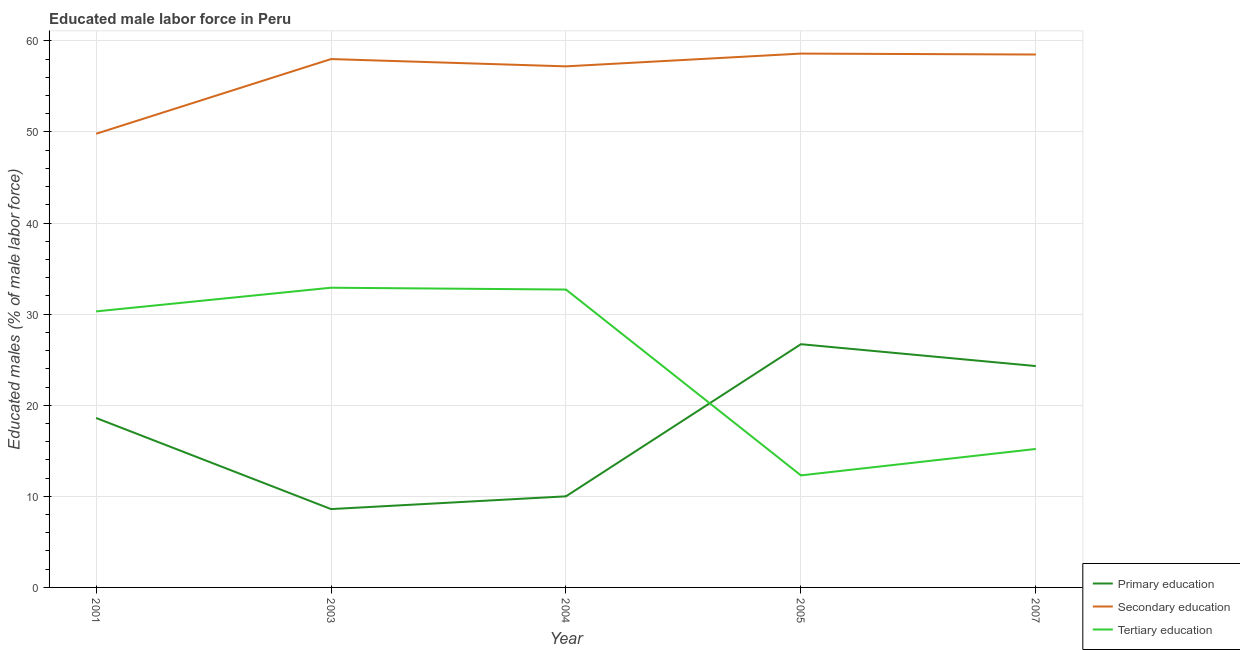
| Year | Primary education | Secondary education | Tertiary education |
 | --- | --- | --- | --- |
 | 2001 | 18.6 | 49.8 | 30.3 |
 | 2003 | 8.6 | 58 | 32.9 |
 | 2004 | 10 | 57.2 | 32.7 |
 | 2005 | 26.7 | 58.6 | 12.3 |
 | 2007 | 24.3 | 58.5 | 15.2 |